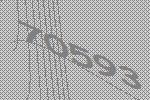
70593